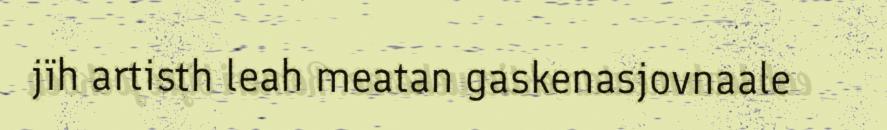
jïh artisth leah meatan gaskenasjovnaale